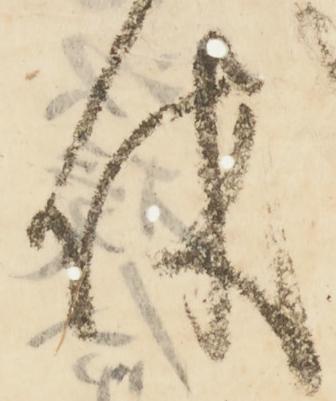
休